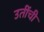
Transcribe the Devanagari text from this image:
उतींची